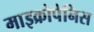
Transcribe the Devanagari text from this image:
माइक्रोपेनिस